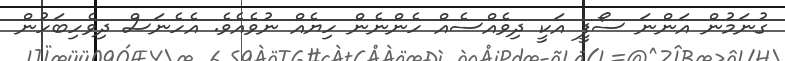
ގުނަމުން އަންނަ ސޯފީ އަކީ ދިވެއްސެއް ހެންނެން ހިޔެއް ނުވެއެވެ. އެހެނަސް ދިވެހިބަހުން